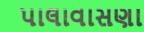
પાલાવાસણા